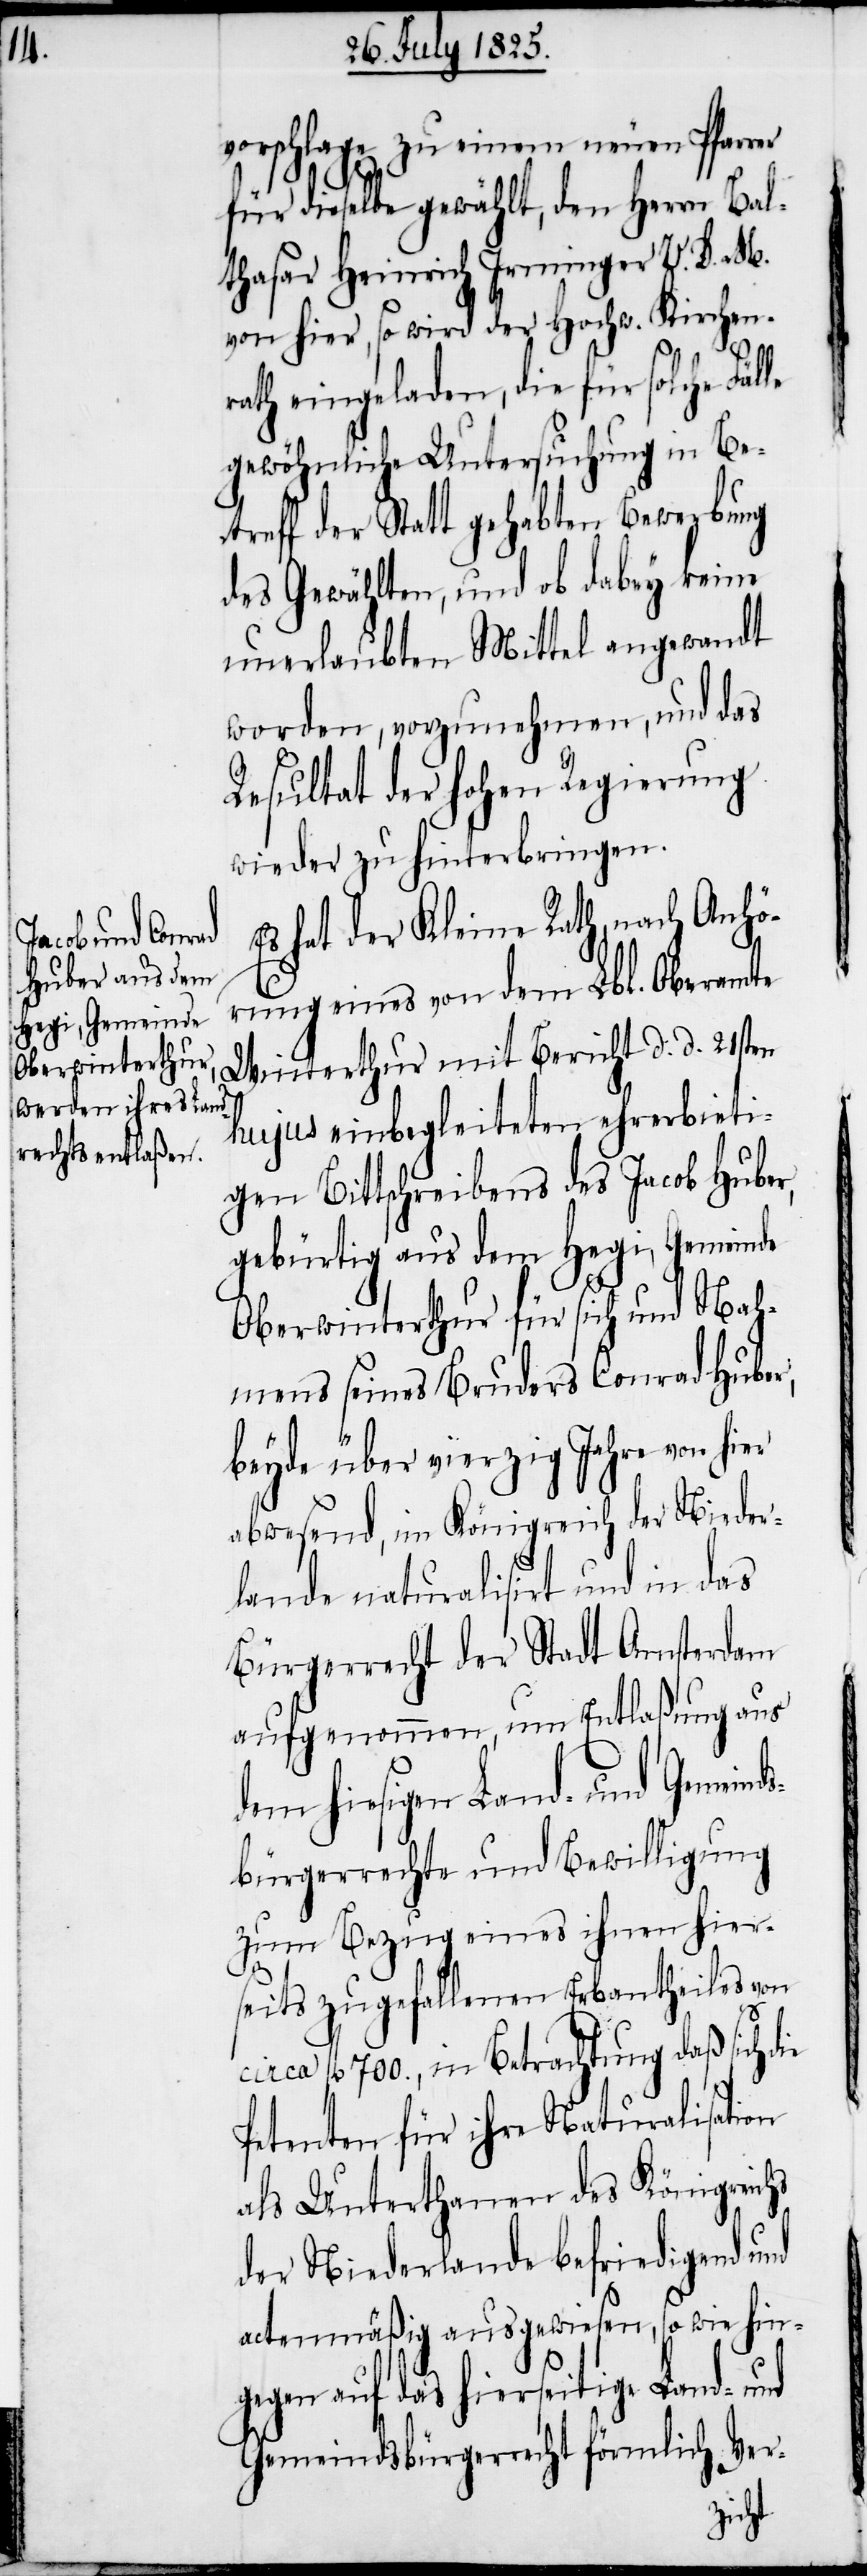
vorschlage zu einem neuen Pfarrer
für dieselbe gewählt, den Herrn Bal¬
thasar Heinrich Irminger V. D. M.
von hier, so wird der Hochw. Kirchen¬
rath eingeladen, die für solche Fäl¬
gewöhnliche Untersuchung in Be¬
treff der Statt gehabten Bewerbung
des Gewählten, und ob dabey keine
unerlaubten Mittel angewandt
worden, vorzunehmen, und das
Resultat der hohen Regierung
wieder zu hinterbringen.
Es hat der Kleine Rath, nach Anhö¬
rung eines von dem Lbl. Oberamte
Winterthur mit Bericht d. d. 21sten
hujus einbegleiteten ehrerbieti¬
gen Bittschreibens des Jacob Huber,
gebürtig aus dem Hegi, Gemeinde
Oberwinterthur für sich und Nah¬
mens seines Bruders Conrad Huber,
beyde über vierzig Jahre von hier
abwesend, im Königreich der Nieder¬
lande naturalisirt und in das
Bürgerrecht der Stadt Amsterdam
aufgenommen, um Entlaßung aus
dem hiesigen Land- und Gemein¬
bürgerrechte und Bewilligung
zum Bezug eines ihnen hier¬
seits zugefallenen Erbantheils von
circa fl 700., in Betrachtung daß sich die
Petenten für ihre Naturalisation
als Unterthanen des Königreichs
der Niederlande befriedigend und
actenmäßig ausgewiesen, so wie hin¬
gegen auf das hierseitige Land- und
Gemeindsbürgerrecht förmlich Ver-
ds¬